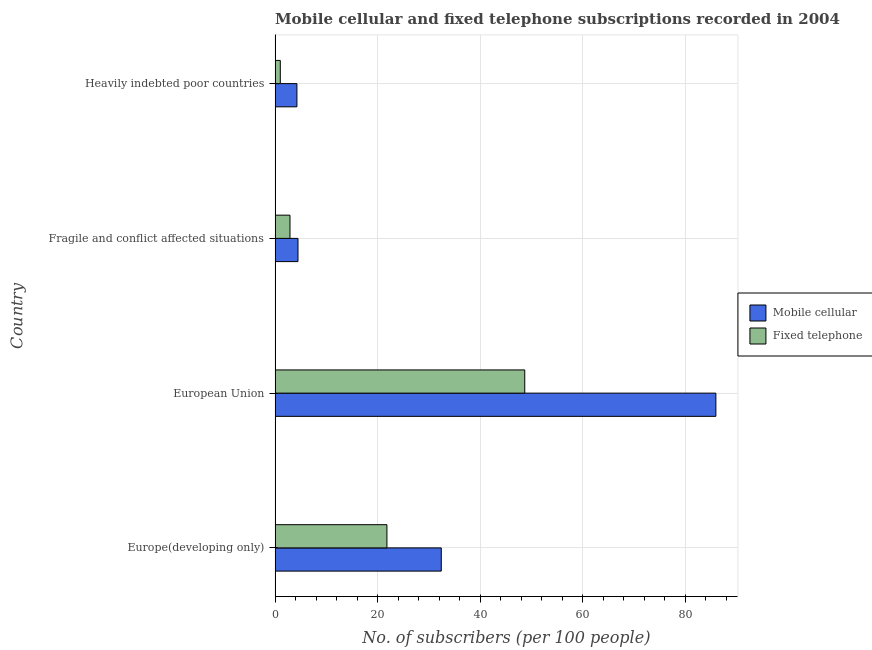
| Country | Mobile cellular | Fixed telephone |
 | --- | --- | --- |
 | Europe(developing only) | 32.4 | 21.8 |
 | European Union | 85.9 | 48.7 |
 | Fragile and conflict affected situations | 4.46 | 2.91 |
 | Heavily indebted poor countries | 4.26 | 1.02 |